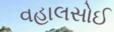
વહાલસોઈ